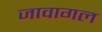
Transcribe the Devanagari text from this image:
जावागल